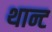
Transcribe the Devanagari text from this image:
थान्ट